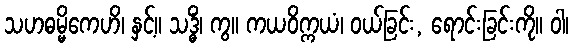
သဟဓမ္မိကေဟိ၊ နှင့်။ သဒ္ဓိံ၊ ကွ။ ကယဝိက္ကယံ၊ ဝယ်ခြင်း, ရောင်းခြင်းကို။ ဝါ၊